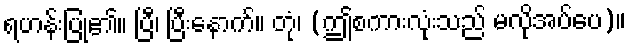
ရဟန်းပြု၏။ ပြီ၊ ပြီးနောက်။ တုံ၊ (ဤစကားလုံးသည် မလိုအပ်ပေ)။